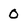
Character: O